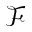
\mathcal { F }